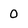
Character: 0